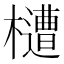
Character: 㯾